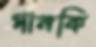
পানকি